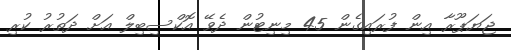
ޖަޔަޕޫރާ އިން ފުރައިގެން 45 މިނިޓުން ދެވޭ އޮކްސިބިލް އަށް ދަތުރު ކުރި